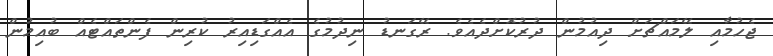
ޖެހުމާއި ލޭމައްޗަށް ދިއުމުން ދުރުކޮށްދެއެވެ. ރޭގަނޑު ނިދުމުގެ އެއްގަޑިއިރު ކުރިން ފެންތައްޓެއް ބުއިމުން